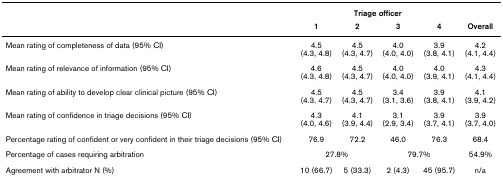
<table><thead><tr><td></td><td colspan="4"><b>Triage officer</b></td><td></td></tr><tr><td></td><td><b>1</b></td><td><b>2</b></td><td><b>3</b></td><td><b>4</b></td><td><b>Overall</b></td></tr></thead><tbody><tr><td>Mean rating of completeness of data (95% CI)</td><td>4.5(4.3, 4.8)</td><td>4.5(4.3, 4.7)</td><td>4.0(4.0, 4.0)</td><td>3.9(3.8, 4.1)</td><td>4.2(4.1, 4.4)</td></tr><tr><td>Mean rating of relevance of information (95% CI)</td><td>4.6(4.3, 4.8)</td><td>4.5(4.3, 4.7)</td><td>4.0(4.0, 4.0)</td><td>4.0(3.9, 4.1)</td><td>4.3(4.1, 4.4)</td></tr><tr><td>Mean rating of ability to develop clear clinical picture (95% CI)</td><td>4.5(4.3, 4.7)</td><td>4.5(4.3, 4.7)</td><td>3.4(3.1, 3.6)</td><td>3.9(3.8, 4.1)</td><td>4.1(3.9, 4.2)</td></tr><tr><td>Mean rating of confidence in triage decisions (95% CI)</td><td>4.3(4.0, 4.6)</td><td>4.1(3.9, 4.4)</td><td>3.1(2.9, 3.4)</td><td>3.9(3.7, 4.1)</td><td>3.9(3.7, 4.0)</td></tr><tr><td>Percentage rating of confident or very confident in their triage decisions (95% CI)</td><td>76.9</td><td>72.2</td><td>46.0</td><td>76.3</td><td>68.4</td></tr><tr><td>Percentage of cases requiring arbitration</td><td colspan="2">27.8%</td><td colspan="2">79.7%</td><td>54.9%</td></tr><tr><td>Agreement with arbitrator N (%)</td><td>10 (66.7)</td><td>5 (33.3)</td><td>2 (4.3)</td><td>45 (95.7)</td><td>n/a</td></tr></tbody></table>